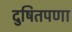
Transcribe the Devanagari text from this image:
दुषितपणा